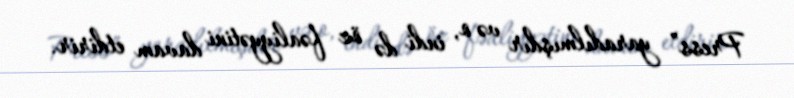
Press” yaradılmışdır və o, indi də öz fəaliyyətini davam etdirir.